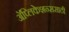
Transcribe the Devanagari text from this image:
अॅप्लिकेशन्ससाठी